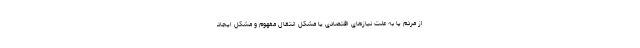
از مردم یا به علت نیازهای اقتصادی یا مشکل انتقال مفهوم و مشکل ایجاد